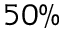
5 0 \%